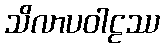
သိလာပဝါဠဿ